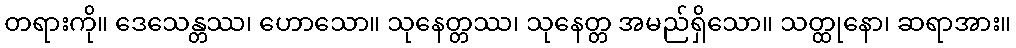
တရားကို။ ဒေသေန္တဿ၊ ဟောသော။ သုနေတ္တဿ၊ သုနေတ္တ အမည်ရှိသော။ သတ္ထုနော၊ ဆရာအား။